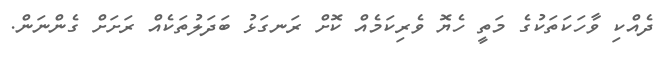
ދެއްކި ވާހަކަތަކުގެ މަތީ ހެޔޮ ވެރިކަމެއް ކޮށް ރަނގަޅު ބަދަލުތަކެއް ރަށަށް ގެންނަން.